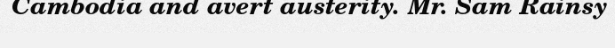
Cambodia and avert austerity. Mr. Sam Rainsy